Annual report of the Madras Medical College
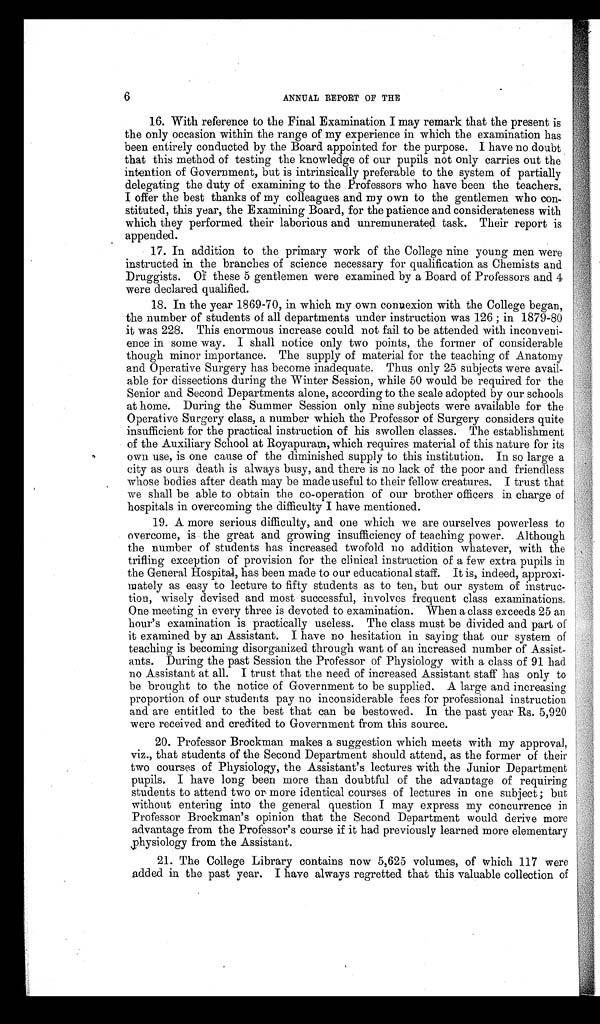
6
ANNUAL REPORT OF THE
16. With reference to the Final Examination I may remark that the present is
the only occasion within the range of my experience in which the examination has
been entirely conducted by the Board appointed for the purpose. I have no doubt
that this method of testing the knowledge of our pupils not only carries out the
intention of Government, but is intrinsically preferable to the system of partially
delegating the duty of examining to the Professors who have been the teachers.
I offer the best thanks of my colleagues and my own to the gentlemen who con-
stituted, this year, the Examining Board, for the patience and considerateness with
which they performed their laborious and unremunerated task. Their report is
appended.
17. In addition to the primary work of the College nine young men were
instructed in the branches of science necessary for qualification as Chemists and
Druggists. Of these 5 gentlemen were examined by a Board of Professors and 4
were declared qualified.
18. In the year 1869-70, in which my own connexion with the College began,
the number of students of all departments under instruction was 126; in 1879-80
it was 228. This enormous increase could not fail to be attended with inconveni-
ence in some way. I shall notice only two points, the former of considerable
though minor importance. The supply of material for the teaching of Anatomy
and Operative Surgery has become inadequate. Thus only 25 subjects were avail-
able for dissections during the Winter Session, while 50 would be required for the
Senior and Second Departments alone, according to the scale adopted by our schools
at home. During the Summer Session only nine subjects were available for the
Operative Surgery class, a number which the Professor of Surgery considers quite
insufficient for the practical instruction of his swollen classes. The establishment
of the Auxiliary School at Royapuram, which requires material of this nature for its
own use, is one cause of the diminished supply to this institution. In so large a
city as ours death is always busy, and there is no lack of the poor and friendless
whose bodies after death may be made useful to their fellow creatures. I trust that
we shall be able to obtain the co-operation of our brother officers in charge of
hospitals in overcoming the difficulty I have mentioned.
19. A more serious difficulty, and one which we are ourselves powerless to
overcome, is the great and growing insufficiency of teaching power. Although
the number of students has increased twofold no addition whatever, with the
trifling exception of provision for the clinical instruction of a few extra pupils in
the General Hospital, has been made to our educational staff. It is, indeed, approxi-
mately as easy to lecture to fifty students as to ten, but our system of instruc-
tion, wisely devised and most successful, involves frequent class examinations.
One meeting in every three is devoted to examination. When a class exceeds 25 an
hour's examination is practically useless. The class must be divided and part of
it examined by an Assistant. I have no hesitation in saying that our system of
teaching is becoming disorganized through want of an increased number of Assist-
ants. During the past Session the Professor of Physiology with a class of 91 had
no Assistant at all. I trust that the need of increased Assistant staff has only to
be brought to the notice of Government to be supplied. A large and increasing
proportion of our students pay no inconsiderable fees for professional instruction
and are entitled to the best that can be bestowed. In the past year Rs. 5,920
were received and credited to Government from this source.
20. Professor Brockman makes a suggestion which meets with my approval,
viz., that students of the Second Department should attend, as the former of their
two courses of Physiology, the Assistant's lectures with the Junior Department
pupils. I have long been more than doubtful of the advantage of requiring
students to attend two or- more identical courses of lectures in one subject ; but
without entering into the general question I may express my concurrence in
Professor Brockman's opinion that the Second Department would derive more
advantage from the Professor's course if it had previously learned more elementary
physiology from the Assistant.
21. The College Library contains now 5,625 volumes, of which 117 were
added in the past year. I have always regretted that this valuable collection of